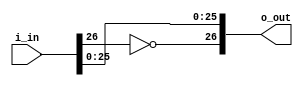
module fp_neg
(	input [26:0] i_in,
	output [26:0] o_out
);

assign o_out = {~i_in[26], i_in[25:0]};

endmodule